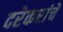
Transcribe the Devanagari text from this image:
दरेकरांचे